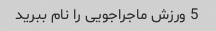
5 ورزش ماجراجویی را نام ببرید